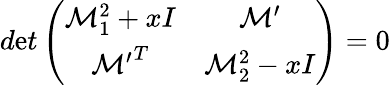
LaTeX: d\mathrm{e}t\left(\begin{array}{cc}{{{\cal M}_{1}^{2}+xI}}&{{{\cal M^{\prime}}}}\\ {{{\cal M^{\prime}}^{T}}}&{{{\cal M}_{2}^{2}-xI}}\end{array}\right)=0